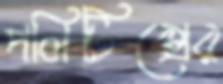
পলিটিক্সের